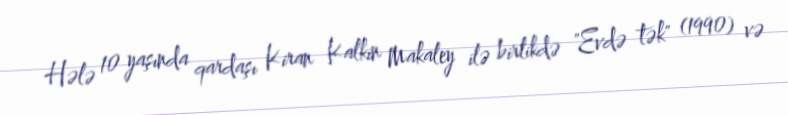
Hələ 10 yaşında qardaşı Kiran Kalkin Makaley ilə birlikdə "Evdə tək" (1990) və